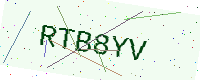
Text: RTB8YV